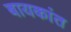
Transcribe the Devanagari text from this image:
बायकांत